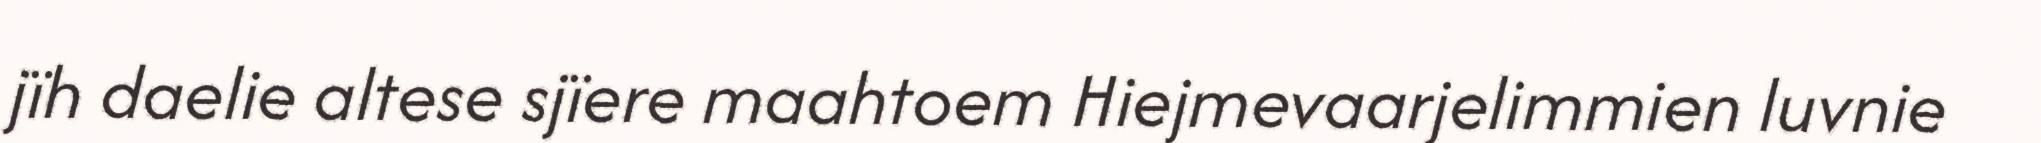
jïh daelie altese sjïere maahtoem Hiejmevaarjelimmien luvnie